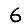
Digit: 6